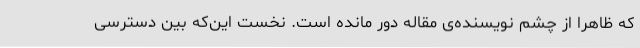
که ظاهراً از چشم نویسنده‌ی مقاله دور مانده است. نخست این‌که بین دسترسی